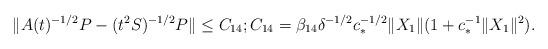
LaTeX: \begin{align*} \| A(t)^{-1/2} P - (t^2 S)^{-1/2} P \| \le {C}_{14}; {C}_{14} = {\beta}_{14} \delta^{-1/2} c_*^{-1/2} \| X_1\| (1+ c_*^{-1} \|X_1\|^2 ). \end{align*}